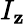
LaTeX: I_{\mathbf{z}}